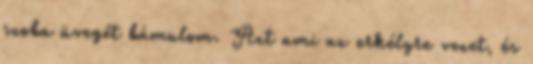
szoba üvegét bámulom. Azt ami az erkélyre vezet, és